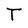
Character: T